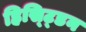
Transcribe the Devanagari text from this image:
हिस्ट्डिन